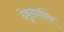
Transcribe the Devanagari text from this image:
देवुलपल्लि